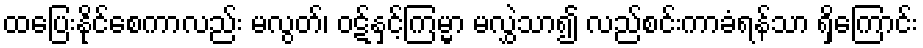
ထပြေးနိုင်စေကာလည်း မလွတ်၊ ဝဋ်နှင့်ကြမ္မာ မလွှဲသာ၍ လည်စင်းကာခံရန်သာ ရှိကြောင်း